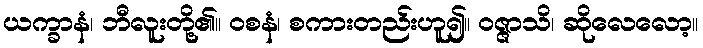
ယက္ခာနံ၊ ဘီလူးတို့၏။ ဝစနံ၊ စကားတည်းဟူ၍။ ဝဇ္ဇာသိ၊ ဆိုလေလော့။